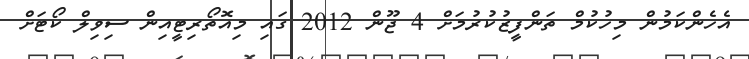
އެހެންކަމުން މިހުކުމް ތަންފީޒުކުރުމަށް 4 ޖޫން 2012 ގައި މިއޮތޯރިޓީއިން ސިވިލް ކޯޓަށް